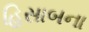
હિસાબના